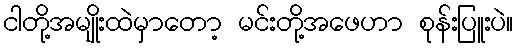
ငါတို့အမျိုးထဲမှာတော့ မင်းတို့အဖေဟာ စုန်းပြူးပဲ။